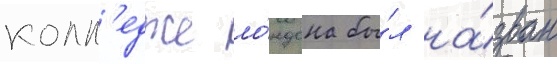
колл'едже ло́ндона бы́л на́зван